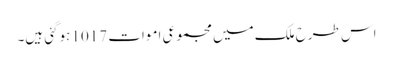
اس طرح ملک میں مجموعی اموات 1017 ہوگئی ہیں۔